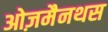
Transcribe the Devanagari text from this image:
ओज़मैनथस